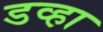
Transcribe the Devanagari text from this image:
डव्हा